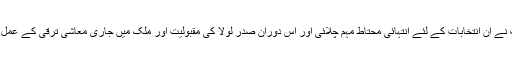
بتایا جاتا ہے کہ روسیف نے ان انتخابات کے لئے انتہائی محتاط مہم چلائی اور اس دوران صدر لولا کی مقبولیت اور ملک میں جاری معاشی ترقی کے عمل سے بھرپور فائدہ اٹھایا۔